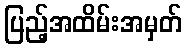
ပြည့်အထိမ်းအမှတ်